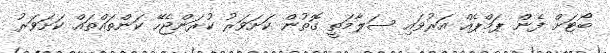
ބޯޓަށް ފެން ޕަމްޕެއް އަރުވައި ސަލާމަތީ ގޮތުން ކަށަވަރު ކުރަންޖެހޭ ކަންތައްތައް ކަށަވަރު